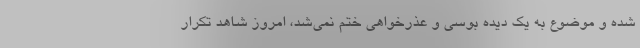
شده و موضوع به یک دیده بوسی و عذرخواهی ختم نمی‌شد، امروز شاهد تکرار